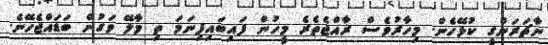
ނާޗަރަންގީ ކުޅޭހެން. މިހާރުވެސް ރާއްޖެތެރެ މީހުން ފައިބައިފިނަމަ ތި މާލޭ ވަގުން ބަޑައްޖެހޭނެ.